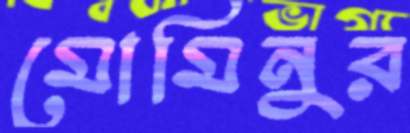
মোমিনুর